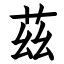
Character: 茲